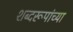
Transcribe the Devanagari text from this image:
शब्दरूपांच्या